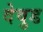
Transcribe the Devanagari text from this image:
देवुड